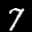
Label: 7